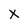
Character: X